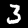
Digit: 3